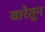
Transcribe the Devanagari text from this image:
वारेतून